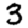
Digit: 3